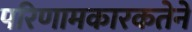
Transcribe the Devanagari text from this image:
परिणामकारकतेने